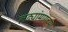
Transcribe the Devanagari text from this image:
लढ्यांमागच्या